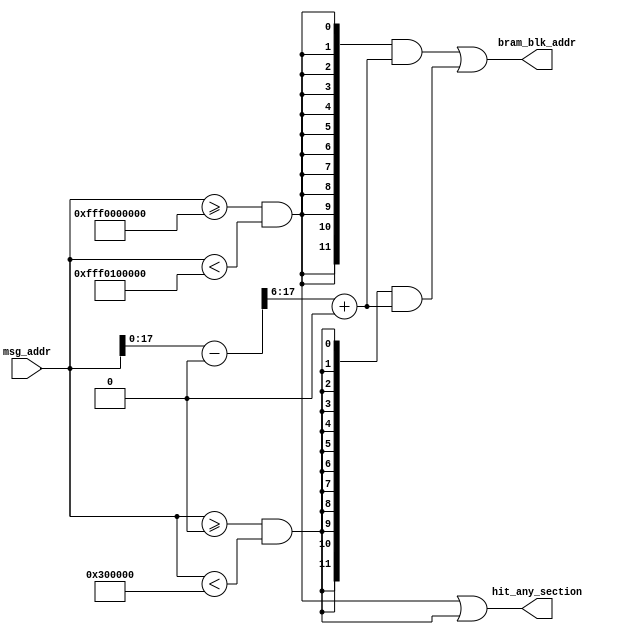
// ========== Copyright Header Begin ============================================
// Copyright (c) 2015 Princeton University
// All rights reserved.
// 
// Redistribution and use in source and binary forms, with or without
// modification, are permitted provided that the following conditions are met:
//     * Redistributions of source code must retain the above copyright
//       notice, this list of conditions and the following disclaimer.
//     * Redistributions in binary form must reproduce the above copyright
//       notice, this list of conditions and the following disclaimer in the
//       documentation and/or other materials provided with the distribution.
//     * Neither the name of Princeton University nor the
//       names of its contributors may be used to endorse or promote products
//       derived from this software without specific prior written permission.
// 
// THIS SOFTWARE IS PROVIDED BY PRINCETON UNIVERSITY "AS IS" AND
// ANY EXPRESS OR IMPLIED WARRANTIES, INCLUDING, BUT NOT LIMITED TO, THE IMPLIED
// WARRANTIES OF MERCHANTABILITY AND FITNESS FOR A PARTICULAR PURPOSE ARE
// DISCLAIMED. IN NO EVENT SHALL PRINCETON UNIVERSITY BE LIABLE FOR ANY
// DIRECT, INDIRECT, INCIDENTAL, SPECIAL, EXEMPLARY, OR CONSEQUENTIAL DAMAGES
// (INCLUDING, BUT NOT LIMITED TO, PROCUREMENT OF SUBSTITUTE GOODS OR SERVICES;
// LOSS OF USE, DATA, OR PROFITS; OR BUSINESS INTERRUPTION) HOWEVER CAUSED AND
// ON ANY THEORY OF LIABILITY, WHETHER IN CONTRACT, STRICT LIABILITY, OR TORT
// (INCLUDING NEGLIGENCE OR OTHERWISE) ARISING IN ANY WAY OUT OF THE USE OF THIS
// SOFTWARE, EVEN IF ADVISED OF THE POSSIBILITY OF SUCH DAMAGE.
// ========== Copyright Header End ============================================

//-----------------------------------------
// Auto generated mapping module
// It is provided for test: uart-hello-world.s 
//-----------------------------------------
 module bram_map_obp #(parameter MEM_ADDR_WIDTH=64, PHY_ADDR_WIDTH=40, BRAM_ADDR_WIDTH=12)
(
    input       [PHY_ADDR_WIDTH-1:0]    msg_addr,
    
    output      [BRAM_ADDR_WIDTH-1:0]   bram_blk_addr,
    output                              hit_any_section
);

wire [63:0]                      bram_addr_0;
wire [63:0]                      bram_addr_1;

wire                            in_section_0;
wire                            in_section_1;


assign bram_addr_0 = (({{(MEM_ADDR_WIDTH-PHY_ADDR_WIDTH){1'b0}}, msg_addr} - 64'hfff0000000) >> 6) + 0;
assign bram_addr_1 = (({{(MEM_ADDR_WIDTH-PHY_ADDR_WIDTH){1'b0}}, msg_addr} - 64'h0000000000) >> 6) + 16384;

assign in_section_0 = (msg_addr >= 64'hfff0000000) & (msg_addr < 64'hfff0100000);
assign in_section_1 = (msg_addr >= 64'h0000000000) & (msg_addr < 64'h0000300000);

assign bram_blk_addr = ({BRAM_ADDR_WIDTH{in_section_0}} & bram_addr_0[BRAM_ADDR_WIDTH-1:0]) |
                       ({BRAM_ADDR_WIDTH{in_section_1}} & bram_addr_1[BRAM_ADDR_WIDTH-1:0]) ;


assign hit_any_section = in_section_0 | in_section_1;

endmodule